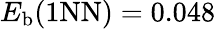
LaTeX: E_{\mathrm{b}}(\mathrm{{1NN})=0.048}